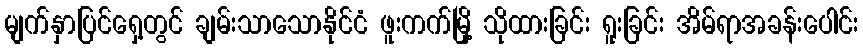
မျက်နှာပြင်ရှေ့တွင် ချမ်းသာသောနိုင်ငံ ဖူးကက်မြို့ သိုထားခြင်း ရူးခြင်း အိမ်ရာအခန်းပေါင်း